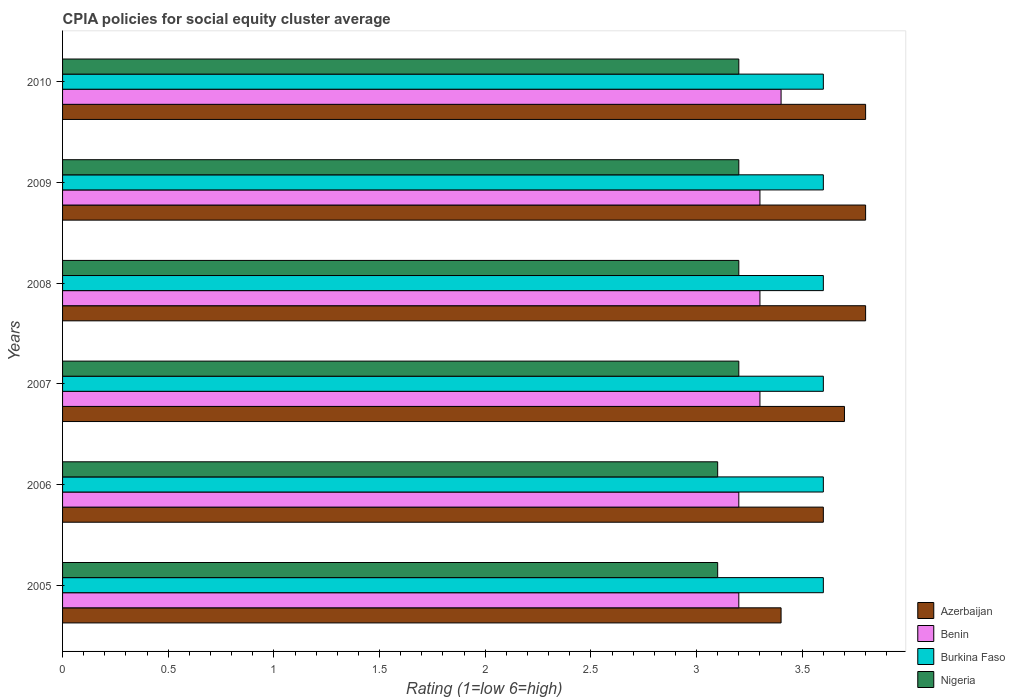
| Years | Azerbaijan | Benin | Burkina Faso | Nigeria |
 | --- | --- | --- | --- | --- |
 | 2005 | 3.4 | 3.2 | 3.6 | 3.1 |
 | 2006 | 3.6 | 3.2 | 3.6 | 3.1 |
 | 2007 | 3.7 | 3.3 | 3.6 | 3.2 |
 | 2008 | 3.8 | 3.3 | 3.6 | 3.2 |
 | 2009 | 3.8 | 3.3 | 3.6 | 3.2 |
 | 2010 | 3.8 | 3.4 | 3.6 | 3.2 |